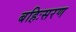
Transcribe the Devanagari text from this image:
बहिःसरण